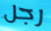
رجل